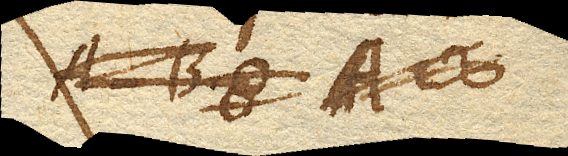
effectus in hoc, erit A-C. Jam